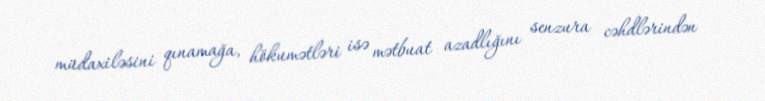
müdaxiləsini qınamağa, hökumətləri isə mətbuat azadlığını senzura cəhdlərindən